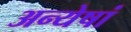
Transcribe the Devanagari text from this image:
अन्येषां